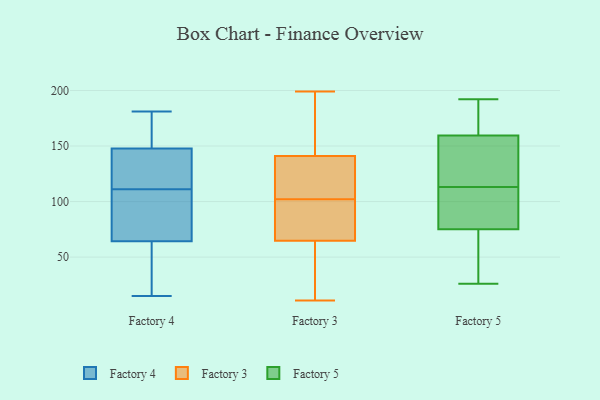
{"axis": {"x": "Page Views", "y": "Value"}, "legend": ["Factory 3", "Factory 4", "Factory 5"], "data": [{"x": "", "y": 116, "type": "Factory 4"}, {"x": "", "y": 23, "type": "Factory 4"}, {"x": "", "y": 147, "type": "Factory 4"}, {"x": "", "y": 15, "type": "Factory 4"}, {"x": "", "y": 169, "type": "Factory 4"}, {"x": "", "y": 141, "type": "Factory 4"}, {"x": "", "y": 78, "type": "Factory 4"}, {"x": "", "y": 69, "type": "Factory 4"}, {"x": "", "y": 150, "type": "Factory 4"}, {"x": "", "y": 66, "type": "Factory 4"}, {"x": "", "y": 181, "type": "Factory 4"}, {"x": "", "y": 111, "type": "Factory 4"}, {"x": "", "y": 59, "type": "Factory 4"}, {"x": "", "y": 34, "type": "Factory 3"}, {"x": "", "y": 105, "type": "Factory 3"}, {"x": "", "y": 62, "type": "Factory 3"}, {"x": "", "y": 189, "type": "Factory 3"}, {"x": "", "y": 11, "type": "Factory 3"}, {"x": "", "y": 84, "type": "Factory 3"}, {"x": "", "y": 183, "type": "Factory 3"}, {"x": "", "y": 145, "type": "Factory 3"}, {"x": "", "y": 199, "type": "Factory 3"}, {"x": "", "y": 129, "type": "Factory 3"}, {"x": "", "y": 102, "type": "Factory 3"}, {"x": "", "y": 73, "type": "Factory 3"}, {"x": "", "y": 97, "type": "Factory 3"}, {"x": "", "y": 126, "type": "Factory 3"}, {"x": "", "y": 41, "type": "Factory 3"}, {"x": "", "y": 158, "type": "Factory 5"}, {"x": "", "y": 169, "type": "Factory 5"}, {"x": "", "y": 44, "type": "Factory 5"}, {"x": "", "y": 26, "type": "Factory 5"}, {"x": "", "y": 82, "type": "Factory 5"}, {"x": "", "y": 125, "type": "Factory 5"}, {"x": "", "y": 188, "type": "Factory 5"}, {"x": "", "y": 164, "type": "Factory 5"}, {"x": "", "y": 192, "type": "Factory 5"}, {"x": "", "y": 40, "type": "Factory 5"}, {"x": "", "y": 115, "type": "Factory 5"}, {"x": "", "y": 88, "type": "Factory 5"}, {"x": "", "y": 113, "type": "Factory 5"}, {"x": "", "y": 81, "type": "Factory 5"}, {"x": "", "y": 57, "type": "Factory 5"}, {"x": "", "y": 114, "type": "Factory 5"}, {"x": "", "y": 88, "type": "Factory 5"}]}